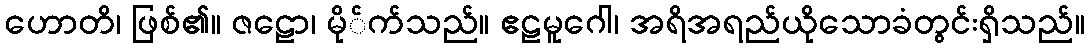
ဟောတိ၊ ဖြစ်၏။ ဇဠော၊ မို်က်သည်။ ဧဠမူဂေါ၊ အရိအရည်ယိုသောခံတွင်းရှိသည်။